Indian journal of veterinary science and animal husbandry - Volume 1,
Year: 1931
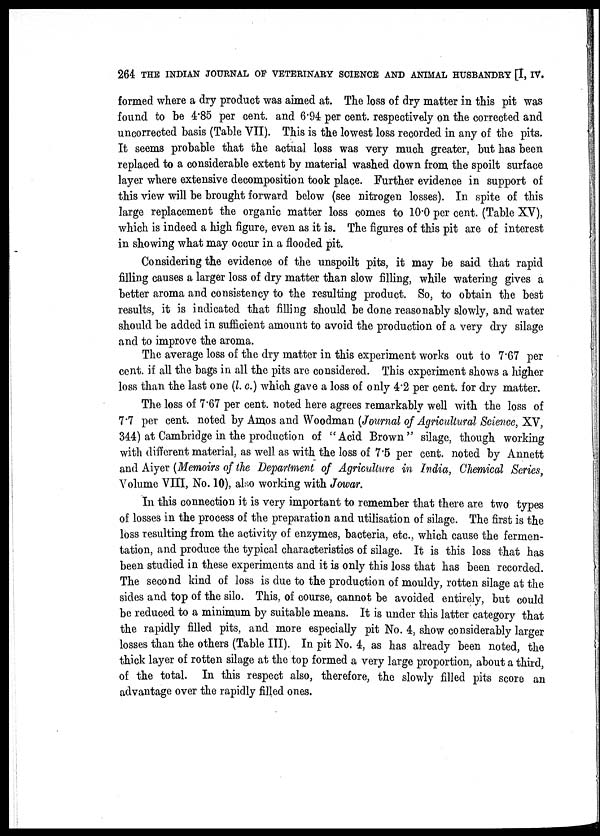
264 THE INDIAN JOURNAL OF VETERINARY SCIENCE AND ANIMAL HUSBANDRY [I, IV.
formed where a dry product was aimed at. The loss of dry matter in this pit was
found to be 4.85 per cent. and 6.94 per cent. respectively on the corrected and
uncorrected basis (Table VII). This is the lowest loss recorded in any of the pits.
It seems probable that the actual loss was very much greater, but has been
replaced to a considerable extent by material washed down from the spoilt surface
layer where extensive decomposition took place. Further evidence in support of
this view will be brought forward below (see nitrogen losses). In spite of this
large replacement the organic matter loss comes to 10.0 per cent. (Table XV),
which is indeed a high figure, even as it is. The figures of this pit are of interest
in showing what may occur in a flooded pit.
Considering the evidence of the unspoilt pits, it may be said that rapid
filling causes a larger loss of dry matter than slow filling, while watering gives a
better aroma and consistency to the resulting product. So, to obtain the best
results, it is indicated that filling should be done reasonably slowly, and water
should be added in sufficient amount to avoid the production of a very dry silage
and to improve the aroma.
The average loss of the dry matter in this experiment works out to 7.67 per
cent. if all the bags in all the pits are considered. This experiment shows a higher
loss than the last one (l. c.) which gave a loss of only 4.2 per cent. for dry matter.
The loss of 7.67 per cent. noted here agrees remarkably well with the loss of
7.7 per cent. noted by Amos and Woodman (Journal of Agricultural Science, XV,
344) at Cambridge in the production of "Acid Brown" silage, though working
with different material, as well as with the loss of 7.5 per cent. noted by Annett
and Aiyer (Memoirs of the Department of Agriculture in India, Chemical Series,
Volume VIII, No. 10), also working with Jowar.
In this connection it is very important to remember that there are two types
of losses in the process of the preparation and utilisation of silage. The first is the
loss resulting from the activity of enzymes, bacteria, etc., which cause the fermen-
tation, and produce the typical characteristics of silage. It is this loss that has
been studied in these experiments and it is only this loss that has been recorded.
The second kind of loss is due to the production of mouldy, rotten silage at the
sides and top of the silo. This, of course, cannot be avoided entirely, but could
be reduced to a minimum by suitable means. It is under this latter category that
the rapidly filled pits, and more especially pit No. 4, show considerably larger
losses than the others (Table III). In pit No. 4, as has already been noted, the
thick layer of rotten silage at the top formed a very large proportion, about a third,
of the total. In this respect also, therefore, the slowly filled pits score an
advantage over the rapidly filled ones.